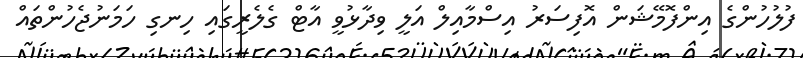
ފުލުހުންގެ އިންފޮމޭޝަން އޮފިސަރު އިސްމާއިލް އަލީ ވިދާޅުވީ އާޓް ގެލެރީގައި ހިނގި ހަމަނުޖެހުންތައް